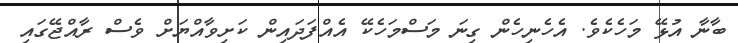
ބާނާ އުޅޭ މަހެކެވެ. އެހެނިހެން ގިނަ މަސްމަހެކޭ އެއްފަދައިން ކަށިވާއްޔަށް ވެސް ރާއްޖޭގައި